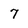
Character: 7